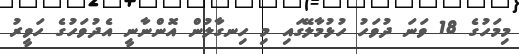
މިމަހުގެ 18 ވަނަ ދުވަހު ހުޅުމާލޭގައި މި ހިނގާލުން އޮންނާނީ އެދުވަހުގެ ހަވީރު